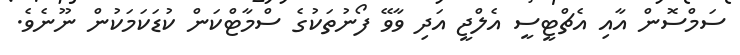
ސަމްސޮން އާއި އެޗްޓީސީ އެލްޖީ އަދި ވާވޭ ފޯނުތަކުގެ ސްމާޓްކަން ކުޑަކަމަކުން ނޫނެވެ.